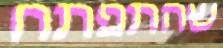
שהתפתח